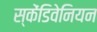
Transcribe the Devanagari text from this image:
स्केंडिवेनियन